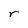
Character: r